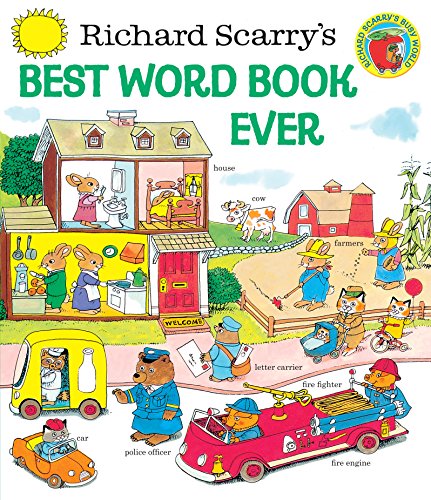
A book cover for Richard Scarry's Best Word Book Ever (Giant Golden Book); Richard Scarry; Children's Books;